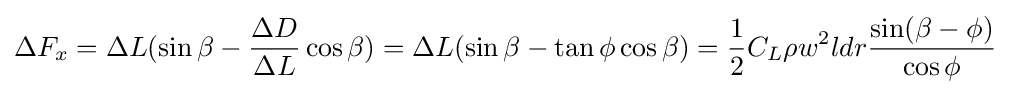
\Delta F_{x}=\Delta L(\sin \beta -{\frac {\Delta D}{\Delta L}}\cos \beta )=\Delta L(\sin \beta -\tan \phi \cos \beta )={\frac {1}{2}}C_{L}\rho w^{2}ldr{\frac {\sin(\beta -\phi )}{\cos \phi }}